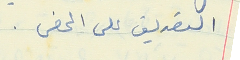
التصديق على المحضر .